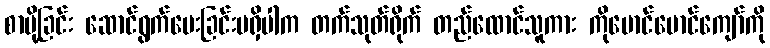
စာပို့ခြင်း ဆောင်ရွက်ပေးခြင်းမရှိပါက တက်သုတ်ရိုက် တည်ထောင်သူကား ကိုမောင်မောင်ကျော်ကို